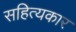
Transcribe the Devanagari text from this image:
सहित्यकार